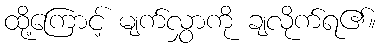
ထို့ကြောင့် မျက်လွှာကို ချလိုက်ရ၏။